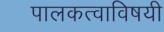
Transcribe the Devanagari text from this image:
पालकत्वाविषयी